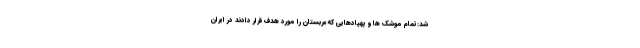
شد:تمام موشک ها و پهپادهایی که عربستان را مورد هدف قرار دادند در ایران